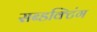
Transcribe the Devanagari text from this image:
सब्डक्टिंग